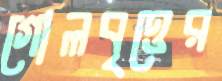
গোলবৃত্তের